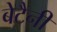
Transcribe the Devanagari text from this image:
बेटैनी